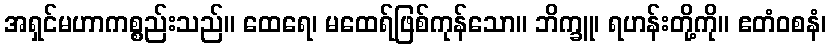
အရှင်မဟာကစ္စည်းသည်။ ထေရေ၊ မထေရ်ဖြစ်ကုန်သော။ ဘိက္ခူ၊ ရဟန်းတို့ကို။ ဧတံဝစနံ၊